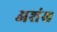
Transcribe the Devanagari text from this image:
अशंख